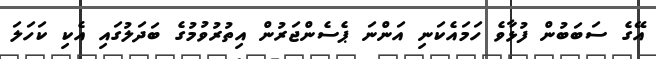
އޭގެ ސަބަބުން ފުޅާވެ ހަމައެކަނި އަންނަ ޕެސެންޖަރުން އިތުރުވުމުގެ ބަދަލުގައި އެކި ކަހަލަ